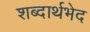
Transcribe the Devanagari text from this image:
शब्दार्थभेद